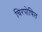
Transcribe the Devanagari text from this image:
चिरपोषित